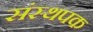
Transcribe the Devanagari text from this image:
संस्थपक